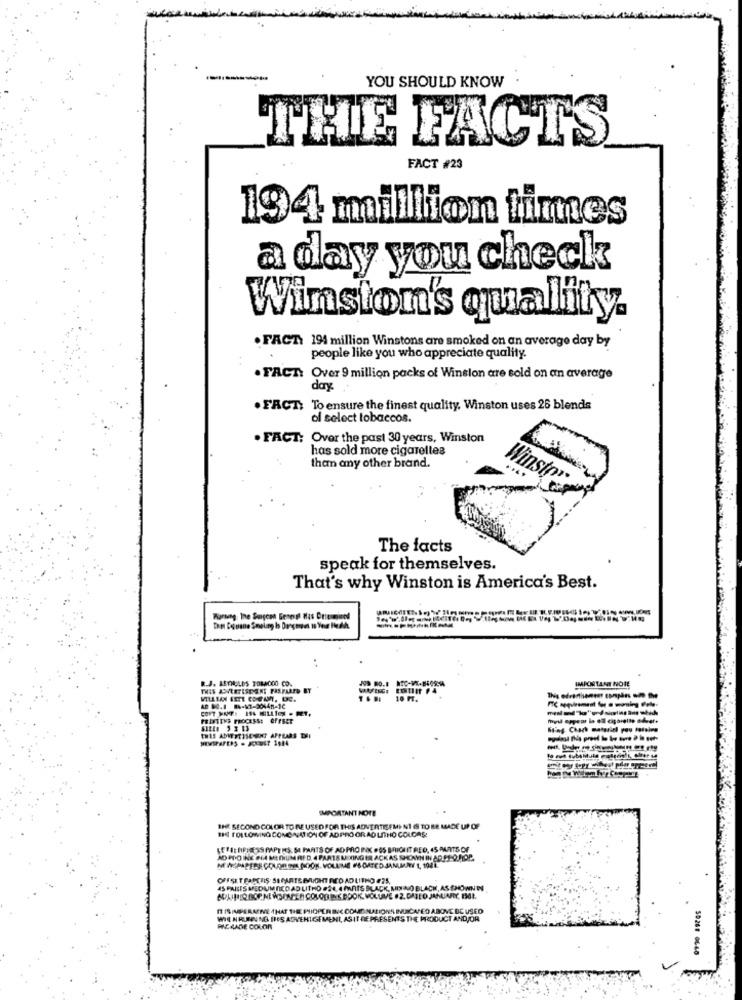
YOU SHOULD KNOW
FACTS
FACT #23
194 million times
a day you check
Winston's quality.
. FACT: 194 million Winstons are smoked on an average day by
people like you who appreciate quality.
. FACT: Over 9 million packs of Winsion are sold on an average
day.
. FACT: To ensure the finest quality. Winston uses 26 blends
of select tobaccos.
. FACT: Over the past 30 years, Winston
has sold more cigarettes
than any other brand.
Winston-
The facts
speak for themselves.
That's why Winston is America's Best.
R.J. REYNOLDS TOMA000 CO.
IMPORTANT NOTE
10 PT.
CONT MONTH INA MILLION . MET.
PRINTINS PROCESS: OFFSET
IMPORTANT NOTE
IHR SECOND COLOR TO RE USED FOR THIS ADVERTISEMI NI & TO BE MADE UP OF
BHI FOLLOWING COMONATION OF ADPRO OR AD LITHO COLORS:
LEFIL HIPRESS PAPEIS. SE PARTS OF AD PRO INK POS BRIQUIT RED, 45 PANTS OF
AD PIO INE FIA MEDIUM RED, 4 PARTS MIXING ER ACK AS SHOWN IN ADEL OJOP.
OFFSET EARTHIS. SE PARTS MACHT RED ADLITHO F25.
45 PAISES MEDUM DICO AD LITHO .24, 4 PARTS BLACK, MIX NO BLACH, AS SHOWN TI
ALINTIO BOP NEWSPAPER COLORING BOOK, VOLUME .2. DATED JANUARIY, 161.
IT ISIMPERATIVE THAT THE PHIOPER BIC COMED NATIONS INDICATED ABOVE DE USED
CDC USED
WIE HRUNING INES ADVERTISEMENT, ASIT REPRESENTS THE PRODUCT AND/OR
CT AND/OR
PIE ZADE COLOR